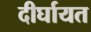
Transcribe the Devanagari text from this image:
दीर्घायत